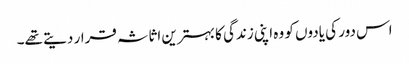
اس دور کی یادوں کو وہ اپنی زندگی کا بہترین اثاثہ قرار دیتے تھے۔